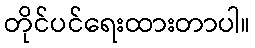
တိုင်ပင်ရေးထားတာပါ။